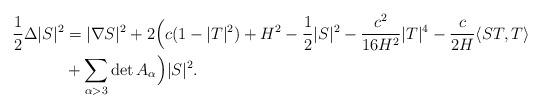
LaTeX: \begin{align*}\frac{1}{2}\Delta|S|^2&=|\nabla S|^2+2\Big(c(1-|T|^2)+H^2-\frac{1}{2}|S|^2-\frac{c^2}{16H^2}|T|^4-\frac{c}{2H}\langle ST,T\rangle\\&+\sum_{\alpha>3}\det A_{\alpha}\Big)|S|^2.\end{align*}